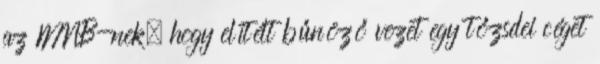
az MNB-nek, hogy elítélt bűnöző vezet egy tőzsdei céget